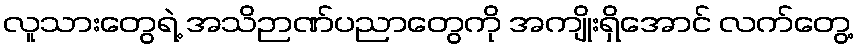
လူသားတွေရဲ့ အသိဉာဏ်ပညာတွေကို အကျိုးရှိအောင် လက်တွေ့